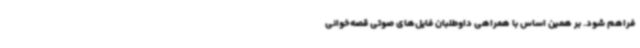
فراهم شود. بر همین اساس با همراهی داوطلبان فایل‌های صوتی قصه‌خوانی